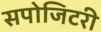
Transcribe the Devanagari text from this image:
सपोजिटरी